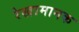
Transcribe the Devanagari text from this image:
रेखामानक